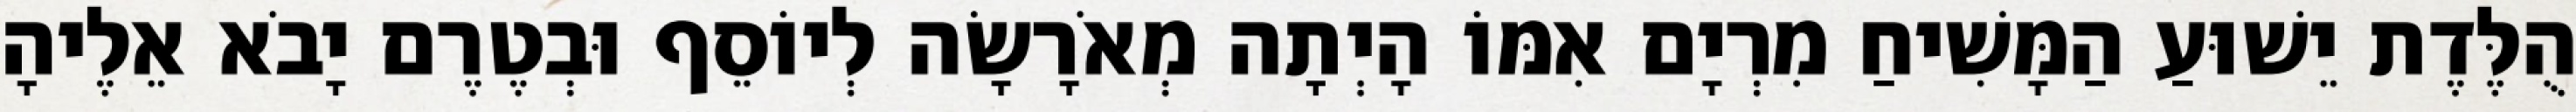
הֻלֶּדֶת יֵשׁוּעַ הַמָּשִׁיחַ מִרְיָם אִמּוֹ הָיְתָה מְאֹרָשָׂה לְיוֹסֵף וּבְטֶרֶם יָבֹא אֵלֶיהָ